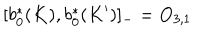
\lbrack b _ { 0 } ^ { \ast } ( K ) , b _ { 0 } ^ { \ast } ( K ^ { \prime } ) ] _ { - } = O _ { 3 , 1 }